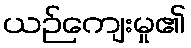
ယဉ်ကျေးမှု၏